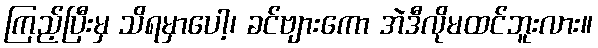
ကြည့်ပြီးမှ သိရမှာပေါ့၊ ခင်ဗျားကော အဲဒီလိုမထင်ဘူးလား။